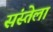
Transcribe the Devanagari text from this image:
संस्तेला